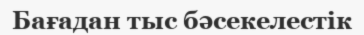
Бағадан тыс бәсекелестік